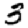
Digit: 3